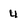
Character: 4